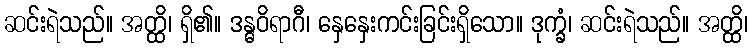
ဆင်းရဲသည်။ အတ္ထိ၊ ရှိ၏။ ဒန္ဓဝိရာဂီ၊ နှေနှေးကင်းခြင်းရှိသော။ ဒုက္ခံ၊ ဆင်းရဲသည်။ အတ္ထိ၊